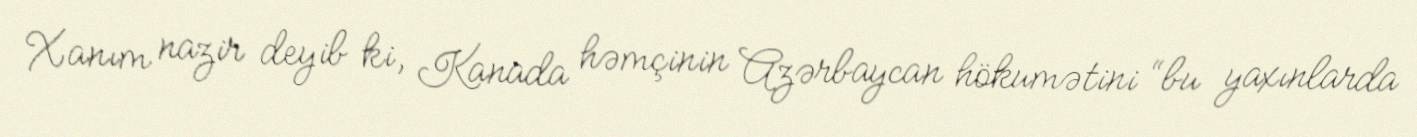
Xanım nazir deyib ki, Kanada həmçinin Azərbaycan hökumətini “bu yaxınlarda